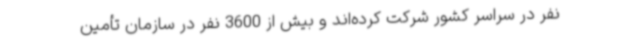
نفر در سراسر کشور شرکت کرده‌اند و بیش از 3600 نفر در سازمان تأمین